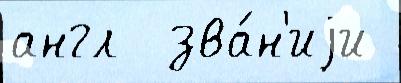
англ  зва́н'иjи